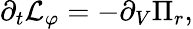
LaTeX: \partial_{t}\mathcal{L}_{\varphi}=-\partial_{V}\Pi_{r},